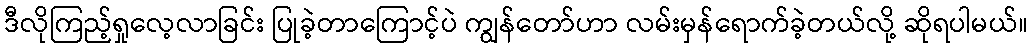
ဒီလိုကြည့်ရှုလေ့လာခြင်း ပြုခဲ့တာကြောင့်ပဲ ကျွန်တော်ဟာ လမ်းမှန်ရောက်ခဲ့တယ်လို့ ဆိုရပါမယ်။